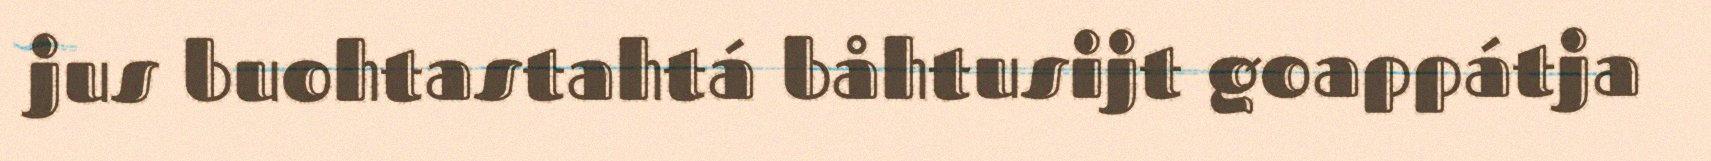
jus buohtastahtá båhtusijt goappátja